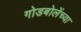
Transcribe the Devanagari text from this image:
गोडबोलेंच्या